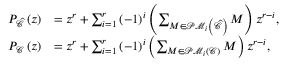
\begin{array} { r l } { P _ { \widehat { \mathcal { C } } } \left( z \right) } & { = z ^ { r } + \sum _ { i = 1 } ^ { r } \left( - 1 \right) ^ { i } \left( \sum _ { M \in \mathcal { P M } _ { i } \left( \widehat { \mathcal { C } } \right) } M \right) z ^ { r - i } , } \\ { P _ { \mathcal { C } } \left( z \right) } & { = z ^ { r } + \sum _ { i = 1 } ^ { r } \left( - 1 \right) ^ { i } \left( \sum _ { M \in \mathcal { P M } _ { i } \left( \mathcal { C } \right) } M \right) z ^ { r - i } , } \end{array}